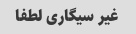
غیر سیگاری لطفا